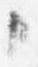
々